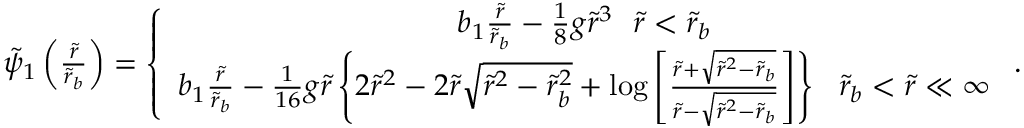
\begin{array} { r } { \tilde { \psi } _ { 1 } \left( \frac { \tilde { r } } { \tilde { r } _ { b } } \right) = \left\{ \begin{array} { c } { b _ { 1 } \frac { \tilde { r } } { \tilde { r } _ { b } } - \frac { 1 } { 8 } g \tilde { r } ^ { 3 } ~ ~ \tilde { r } < \tilde { r } _ { b } } \\ { b _ { 1 } \frac { \tilde { r } } { \tilde { r } _ { b } } - \frac { 1 } { 1 6 } g \tilde { r } \left\{ 2 \tilde { r } ^ { 2 } - 2 \tilde { r } \sqrt { \tilde { r } ^ { 2 } - \tilde { r } _ { b } ^ { 2 } } + \log \left[ \frac { \tilde { r } + \sqrt { \tilde { r } ^ { 2 } - \tilde { r } _ { b } } } { \tilde { r } - \sqrt { \tilde { r } ^ { 2 } - \tilde { r } _ { b } } } \right] \right\} ~ ~ \tilde { r } _ { b } < \tilde { r } \ll \infty } \end{array} \right. . } \end{array}